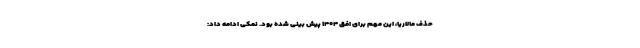
حذف مالاریا، این مهم برای افق ۱۴۰۴ پیش بینی شده بود. نمکی ادامه داد: